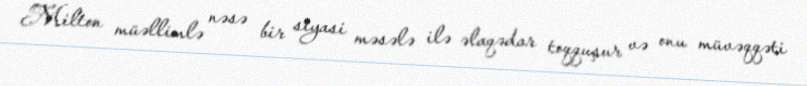
Milton müəllimlə nəsə bir siyasi məsələ ilə əlaqədar toqquşur və onu müvəqqəti